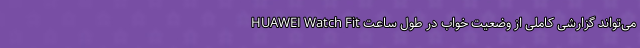
HUAWEI Watch Fit می‌تواند گزارشی کاملی از وضعیت خواب در طول ساعت